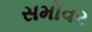
સમોવર